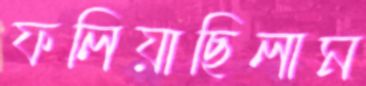
ফলিয়াছিলাম